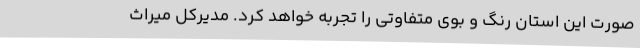
صورت این استان رنگ و بوی متفاوتی را تجربه خواهد کرد. مدیرکل میراث